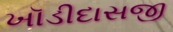
ખૉડીદાસજી